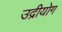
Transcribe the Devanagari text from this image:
उद्रीयोग